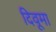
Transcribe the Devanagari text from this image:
दिवूमा